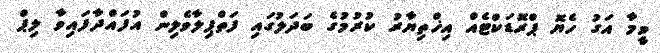
ވީމާ އަގު ހެޔޮ ޕްރޮޑަކްޓެއް އިޚްތިޔާރު ކުރުމުގެ ބަދަލުގައި ފަތްޕިލާވެލިން އުފައްދާފައިވާ ލިޕް